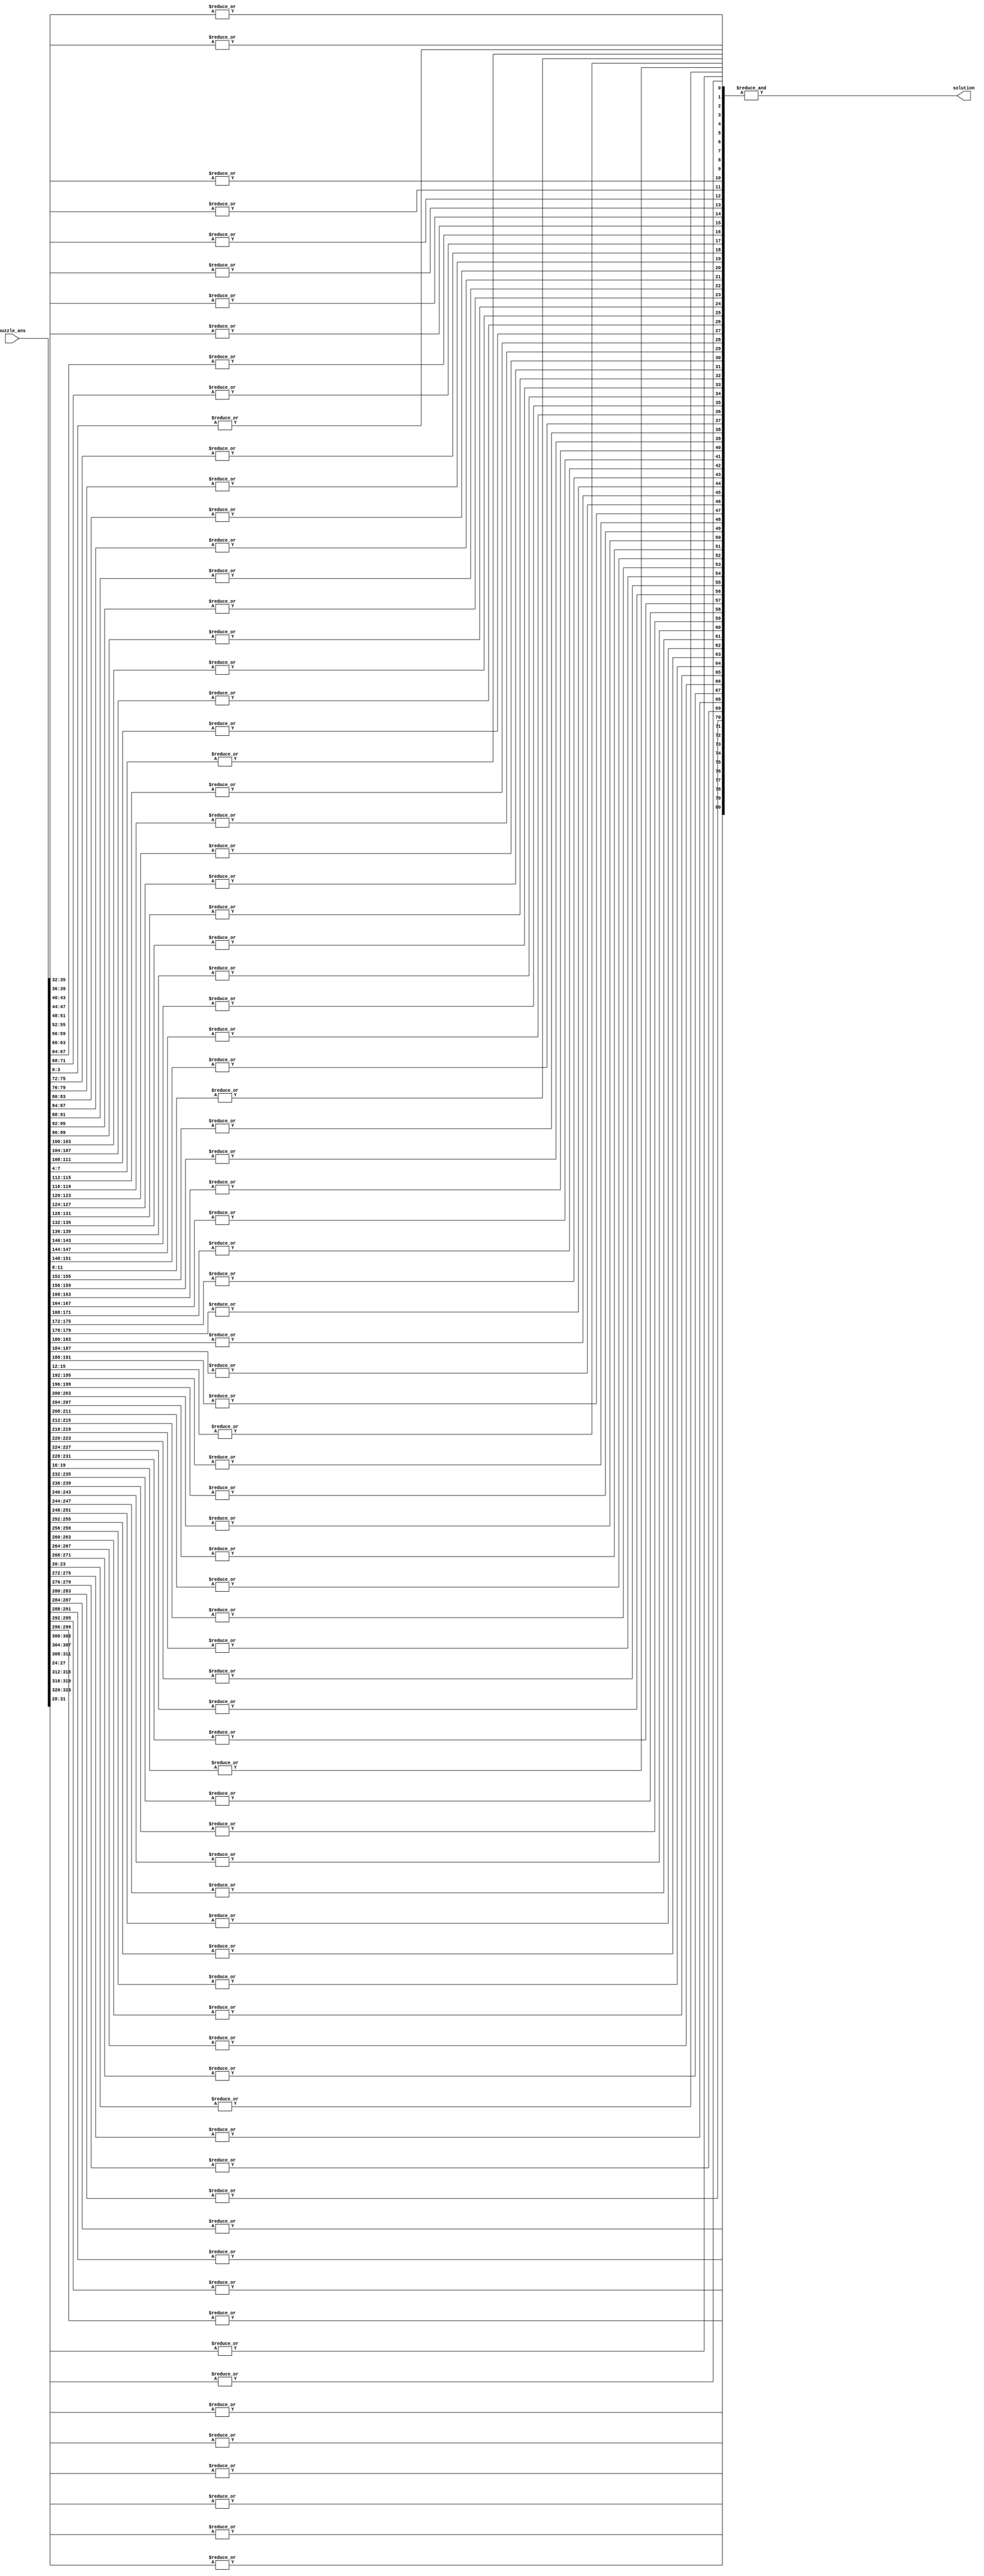
// $Header:   /pvcs/designs/power_sanity_designs/source/sudoku_check_wrapper/sudoku_solution.v__   1.0   30 Mar 2006 08:54:08   rtai  $

module sudoku_solution (
	puzzle_ans,
	solution);

parameter WIDTH = 4; //default to puzzle_ans_hex width of 4
                     //width of 9 for puzzle_ans_bin.

input [9*9*WIDTH-1:0] puzzle_ans;
output 				  solution;

wire [9*9-1:0] 		  non_zero;

assign solution = & non_zero;
	  
genvar i;

generate
	for (i=0; i < 9*9; i=i+1)
	begin : NZ
		assign non_zero[i] = | puzzle_ans[i*WIDTH+WIDTH-1:i*WIDTH];
	end
endgenerate

endmodule